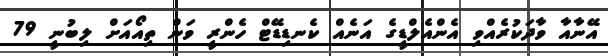
އޭނާއާ ވާދަކުރެއްވި އެންއެލްޑީގެ އަނެއް ކެނޑިޑޭޓް ހެންރީ ވަން ތިއޯއަށް ލިބުނީ 79